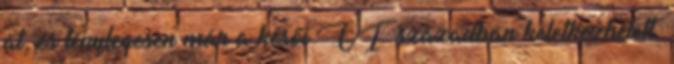
át, és ténylegesen már a késői VI. században keletkezhetett.